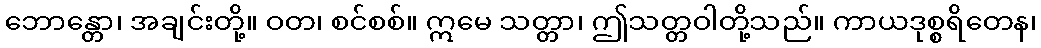
ဘောန္တော၊ အချင်းတို့။ ဝတ၊ စင်စစ်။ ဣမေ သတ္တာ၊ ဤသတ္တဝါတို့သည်။ ကာယဒုစ္စရိတေန၊